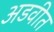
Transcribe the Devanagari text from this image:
अडवीत